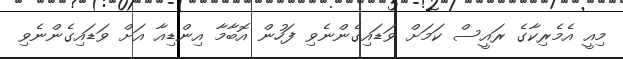
މިއީ އެމެރިކާގެ ރައީސް ކަމަށް ވަޑައިގެންނެވި ފަހުން އޮބާމާ އިންޑިއާ އަށް ވަޑައިގެންނެވި